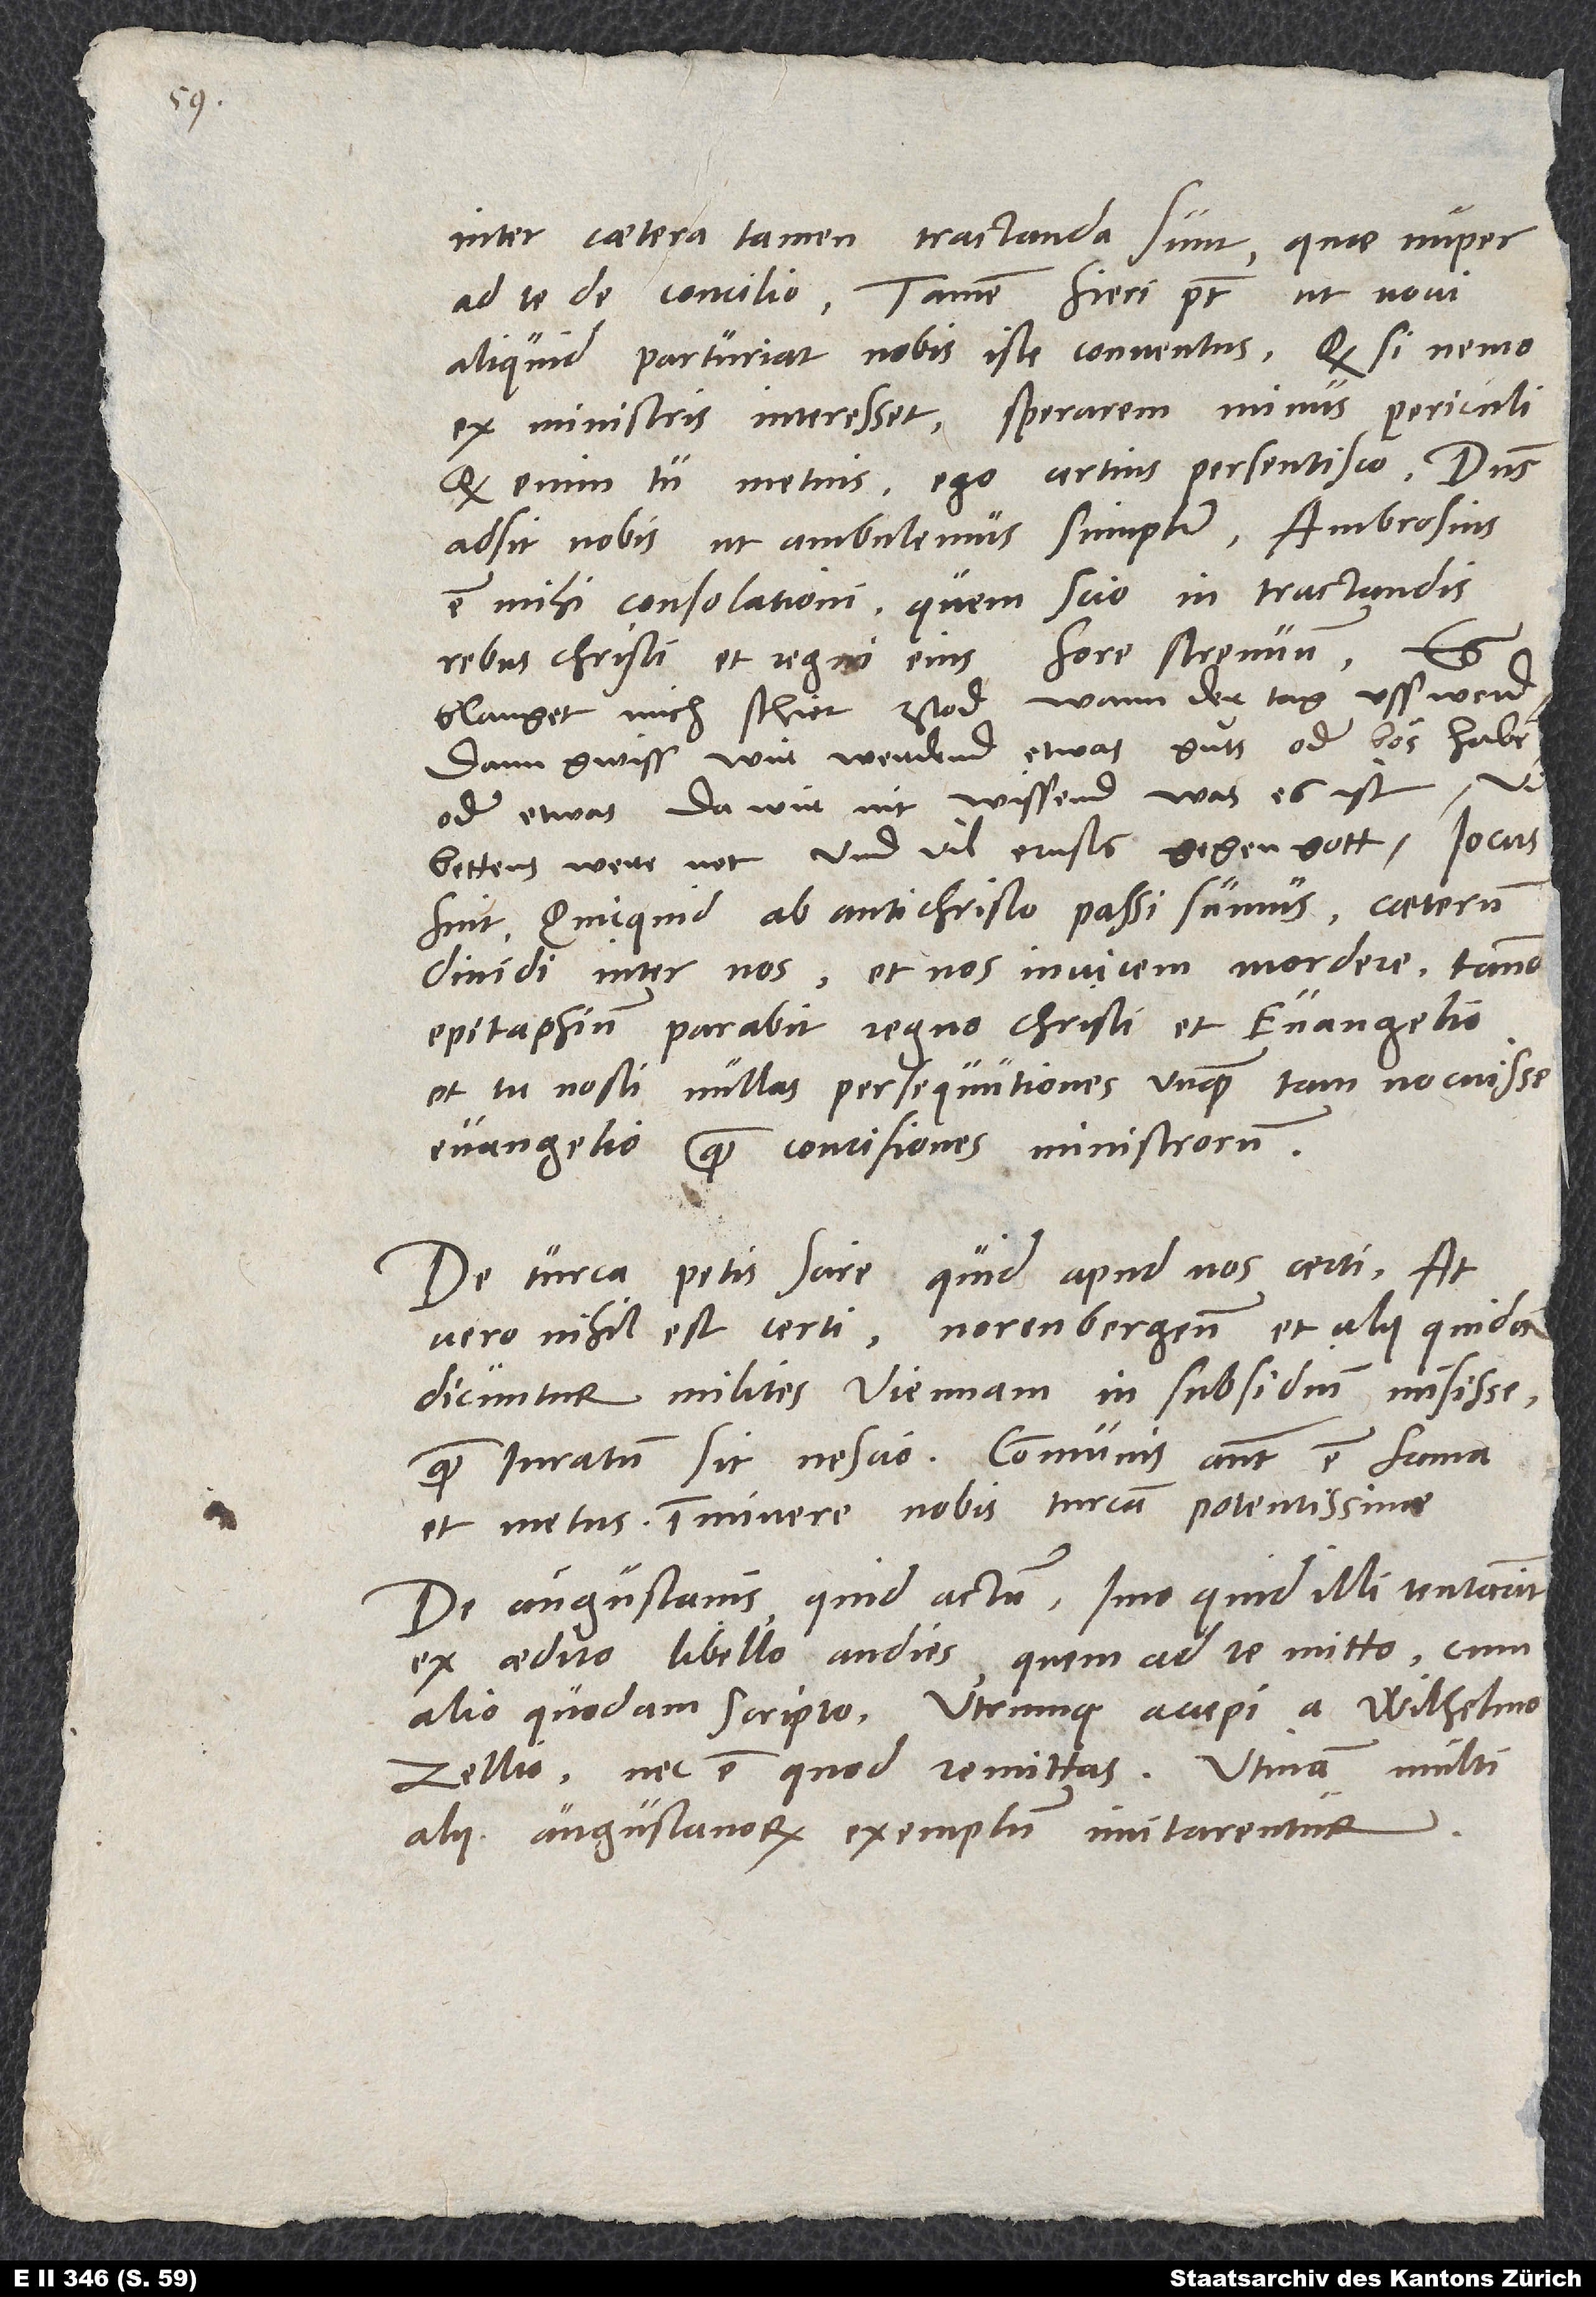
19.

Inter caetera tamen tractanda sunt, quae nuper
ad te de concilio. Tamen fieri potest, ut novi
aliquid parturiat nobis iste conventus. Quodsi nemo
ex ministris interesset, sperarem minus periculi.
Quod enim tu metuis, ego certius persentisco. Dominus
adsit nobis, ut ambulemus simpliciter! Ambrosius
est mihi consolationi, quem scio in tractandis
rebus Christi et regni eius fore strenuum. Es
blanget mich schier ztod, wann der tag uss werd;
dann gwiss, wir werdend etwas guͦts oder bös haben
oder etwas, da wir nit wissend, was es ist.
epitaphium parabit regno Christi et evangelio,
et tu nosti nullas persequutiones unquam tam nocuisse
evangelio quam concisiones ministrorum.
De Turca petis scire, quid apud nos certi. At
vero nihil est certi. Norenbergenses et alii quidam
dicuntur milites Viennam in subsidium misisse;
quam iuratum sit, nescio. Communis autem est fama
et metus imminere nobis Turcam potentissime.
De Augustanis quid actum, imo quid illi tentarint,
ex aedito libello audies, quem ad te mitto cum
alio quodam scripto. Utrumque accepi a Wilhelmo
Zellio, nec est, quod remittas. Utinam multi
alii Augustanorum exemplum imitarentur!